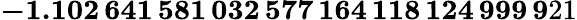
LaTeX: \mathbf{-1.102\, 641\, 581\, 032\, 577\, 164\, 118\, 124\, 999\, 9}21